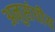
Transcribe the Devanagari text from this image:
अनुसंघीय